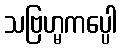
သဗြဟ္မကပ္ပေါ